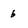
Character: 6